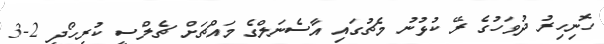
ހޮނިހިރު ދުވަހުގެ ރޭ ކުޅުނު މެޗުގައި އާސެނަލްގެ މައްޗަށް ޗެލްސީ ކުރިހޯދީ 2-3